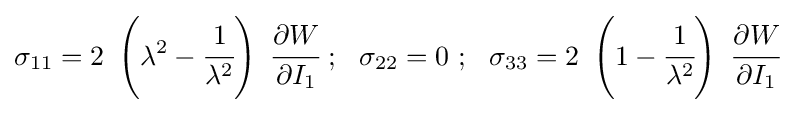
\sigma _{11}=2~\left(\lambda ^{2}-{\cfrac {1}{\lambda ^{2}}}\right)~{\cfrac {\partial W}{\partial I_{1}}}~;~~\sigma _{22}=0~;~~\sigma _{33}=2~\left(1-{\cfrac {1}{\lambda ^{2}}}\right)~{\cfrac {\partial W}{\partial I_{1}}}~